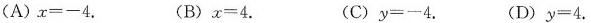
(A)$$x = - 4$$. (B)$$x = 4$$. (C)$$y = - 4$$. (D)$$y = 4$$.